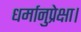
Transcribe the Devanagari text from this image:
धर्मानुप्रेक्षा।